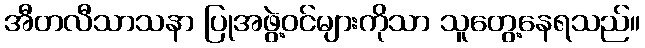
အီတလီသာသနာ ပြုအဖွဲ့ဝင်များကိုသာ သူတွေ့နေရသည်။